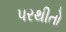
પરથીતો